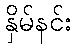
နှိမ်နင်း